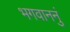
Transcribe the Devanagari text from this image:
भगवाननुं